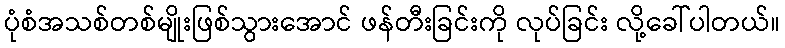
ပုံစံအသစ်တစ်မျိုးဖြစ်သွားအောင် ဖန်တီးခြင်းကို လုပ်ခြင်း လို့ခေါ်ပါတယ်။